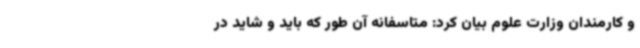
و کارمندان وزارت علوم بیان کرد: متاسفانه آن طور که باید و شاید در